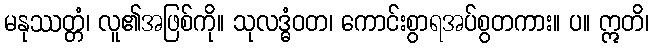
မနုဿတ္တံ၊ လူ၏အဖြစ်ကို။ သုလဒ္ဓံဝတ၊ ကောင်းစွာရအပ်စွတကား။ ပ။ ဣတိ၊